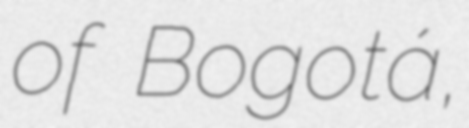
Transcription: of Bogotá,